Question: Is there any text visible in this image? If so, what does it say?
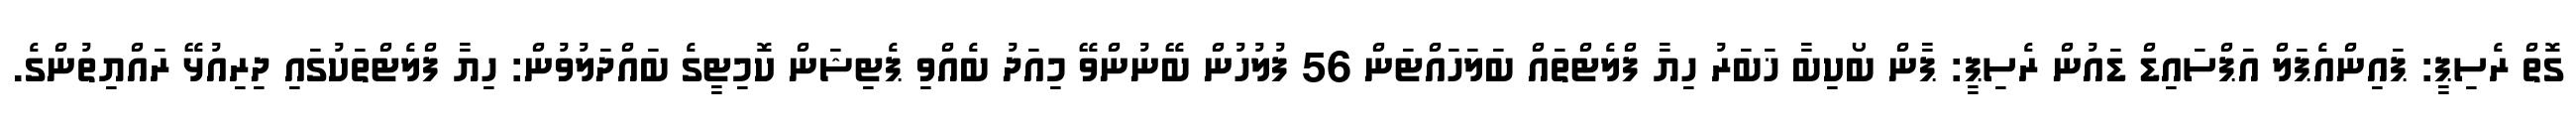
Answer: ގޮތް ރެސިޕީ: ޕައިންއެޕަލް އަޕްސައިޑް ޑައުން ރެސިޕީ: ޕާން ބޯކިބާ ޚަބަރު ހިޔާ ފްލެޓްތައް ބަލަހައްޓަން 56 ފުލުހުން ބޭނުންވޭ މިއަދު ބެއްވި ޕެޓިޝަން ކޮމިޓީގެ ބައްދަލުވުން: ހިޔާ ފްލެޓްތަކުގައި ދިރިއުޅޭ ރައްޔިތުންގެ.